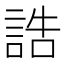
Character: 誥